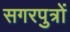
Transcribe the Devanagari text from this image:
सगरपुत्रों